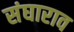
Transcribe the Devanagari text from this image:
संघाराव